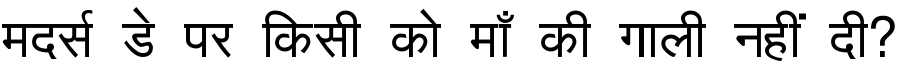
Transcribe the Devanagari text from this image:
मदर्स डे पर किसी को माँ की गाली नहीं दी?